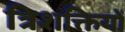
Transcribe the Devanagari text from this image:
त्रिशक्तियों